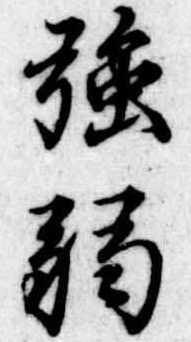
強弱